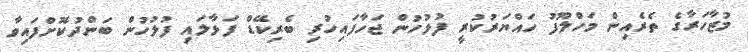
މުޒާހަރާގެ ތެރެއިން މަހްލޫފު ހައްޔަރުކުރީ ފުލުހުން ޖަހާފައިހުރި ބެރިކޭޑް ފަޅާލައި ފުލުހުން ބަންދުކޮށްފައިވާ